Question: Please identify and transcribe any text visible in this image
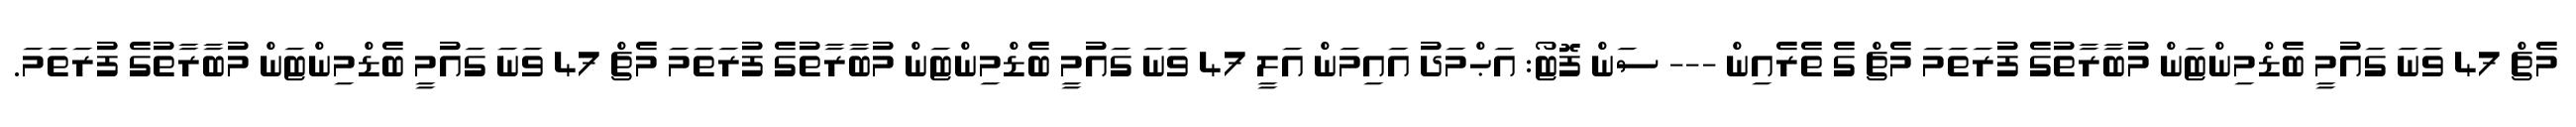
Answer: މެޗް 47 ވަނަ ގައުމީ ބެޑްމިންޓަން މުބާރާތުގެ ފުރަތަމަ މެޗް ގެ ތެރެއިން --- ސަން ފޮޓޯ: އަޙްމަދު އައިމަން އަލީ 47 ވަނަ ގައުމީ ބެޑްމިންޓަން މުބާރާތުގެ ފުރަތަމަ މެޗް 47 ވަނަ ގައުމީ ބެޑްމިންޓަން މުބާރާތުގެ ފުރަތަމަ.